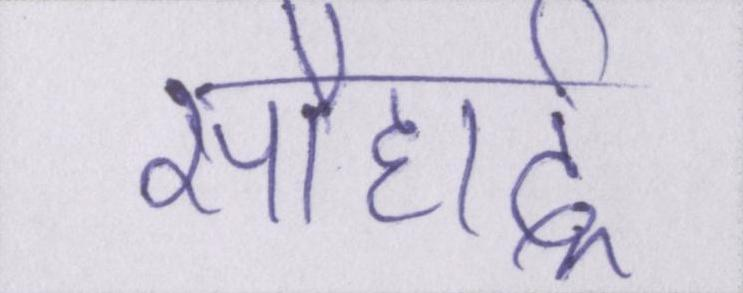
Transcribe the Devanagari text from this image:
सौहार्द्र